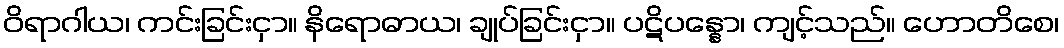
ဝိရာဂါယ၊ ကင်းခြင်းငှာ။ နိရောဓာယ၊ ချုပ်ခြင်းငှာ။ ပဋိပန္နော၊ ကျင့်သည်။ ဟောတိစေ၊